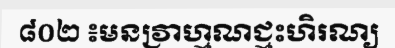
៨០២ ៖មនវ្រាហ្មណជ្មះហិរណ្យ